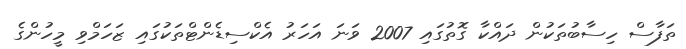
ތަފާސް ހިސާބުތަކުން ދައްކާ ގޮތުގައި 2007 ވަނަ އަހަރު އެކްސިޑެންޓްތަކުގައި ޒަހަމްވި މީހުންގެ